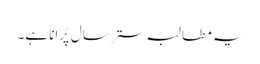
یہ مطالبہ ستر سال پُرانا ہے۔